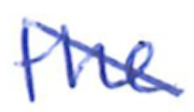
Text: the
Cross-out: diagonal
Writing tool: ballpoint